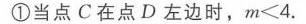
.